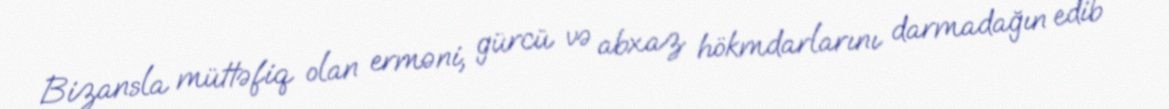
Bizansla müttəfiq olan erməni, gürcü və abxaz hökmdarlarını darmadağın edib